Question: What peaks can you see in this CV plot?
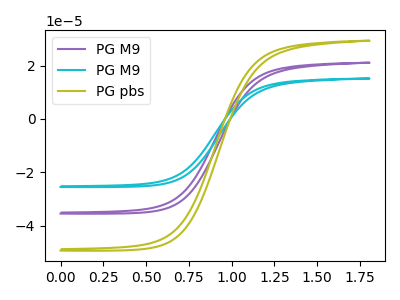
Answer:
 <answer>The purple curve "PG M9" has no peaks. The cyan curve "PG M9" has no peaks. The olive curve "PG pbs" has no peaks.</answer>
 <eval></eval>